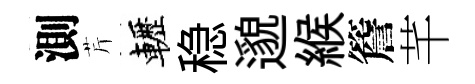
測芹轣稳邈緱簷芊